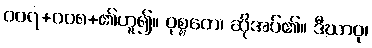
၀၀၇+၀၀၈+၏ဟူ၍။ ဝုစ္စတေ၊ ဆိုအပ်၏။ ဒီဃာဝု၊